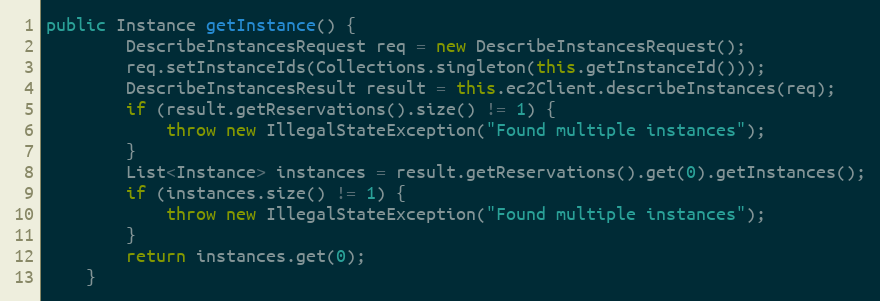
Language: Java
public Instance getInstance() {
        DescribeInstancesRequest req = new DescribeInstancesRequest();
        req.setInstanceIds(Collections.singleton(this.getInstanceId()));
        DescribeInstancesResult result = this.ec2Client.describeInstances(req);
        if (result.getReservations().size() != 1) {
            throw new IllegalStateException("Found multiple instances");
        }
        List<Instance> instances = result.getReservations().get(0).getInstances();
        if (instances.size() != 1) {
            throw new IllegalStateException("Found multiple instances");
        }
        return instances.get(0);
    }